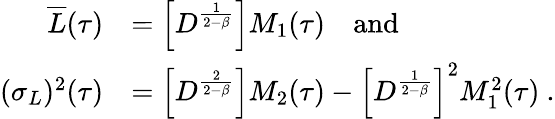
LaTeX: \begin{array}{rl}{\overline{{L}}(\tau)}&{=\left[D^{\frac{1}{2-\beta}}\right]M_{1}(\tau)\quad\mathrm{and}}\\ {(\sigma_{L})^{2}(\tau)}&{=\left[D^{\frac{2}{2-\beta}}\right]M_{2}(\tau)-\left[D^{\frac{1}{2-\beta}}\right]^{2}M_{1}^{2}(\tau)\ .}\end{array}